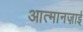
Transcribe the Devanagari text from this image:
आत्मानज़ाई